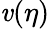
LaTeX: \mathit{v}(\eta)